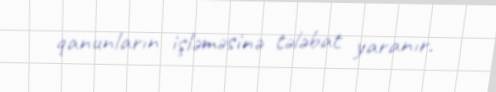
qanunların işləməsinə tələbat yaranır.